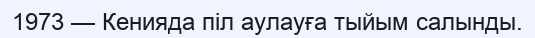
1973 — Кенияда піл аулауға тыйым салынды.